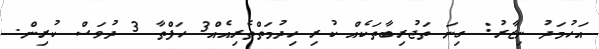
އަހުމަދު ނިޒާރު: ގިނަ ތަޖުރިބާތަކެއް ކުރި ހިދުމަތްތެރިއެއް3 ހަފްތާ 3 ދުވަސް ކުރިން.